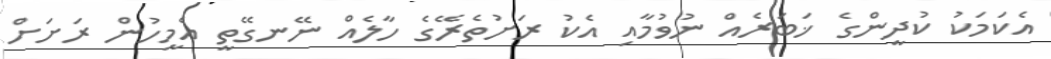
އެކަމަކު ކުދީންގެ ޚަބަރެއް ނުވުމާއި އެކު ރަށުތެރޭގެ ހާލެއް ނޭނގޭތީ އެމީހުން ރަށަށް